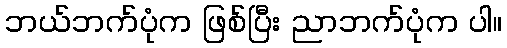
ဘယ်ဘက်ပုံက ဖြစ်ပြီး ညာဘက်ပုံက ပါ။